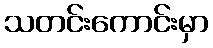
သတင်းကောင်းမှာ